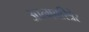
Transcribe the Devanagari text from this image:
आत्मचरित्रेर